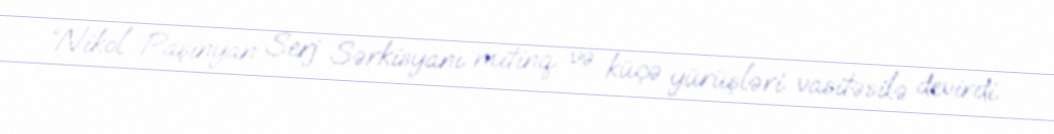
“Nikol Paşinyan Serj Sərkisyanı mitinq və küçə yürüşləri vasitəsilə devirdi.